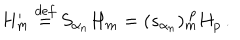
H _ { m } ^ { \prime } \stackrel { d e f } { = } S _ { \alpha _ { n } } H _ { m } = ( s _ { \alpha _ { n } } ) _ { m } ^ { ~ p } H _ { p } \, .